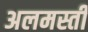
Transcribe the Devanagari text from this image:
अलमस्ती